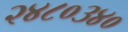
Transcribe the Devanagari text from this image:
२४८०३४०